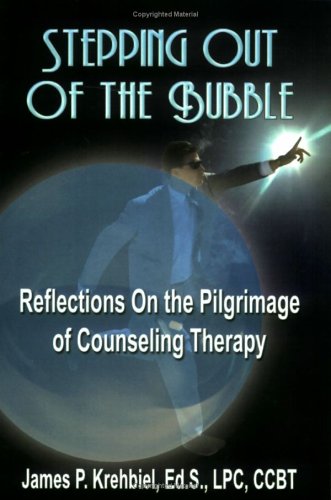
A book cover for STEPPING OUT OF THE BUBBLE: Reflections on the Pilgrimage of Counseling Therapy; James P. Krehbiel Ed. S. LPC CCBT; Health, Fitness & Dieting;